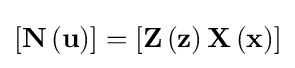
\left[\mathbf {N} \left(\mathbf {u} \right)\right]=\left[\mathbf {Z} \left(\mathbf {z} \right)\mathbf {X} \left(\mathbf {x} \right)\right]